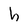
Character: h